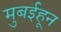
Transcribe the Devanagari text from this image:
मुबईहून